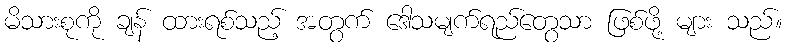
မိသားစုကို ချန် ထားရစ်သည့် အတွက် ဒေါသမျက်ရည်တွေသာ ဖြစ်ဖို့ များ သည်။